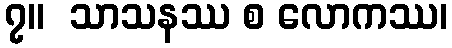
၇။  သာသနဿ စ လောကဿ၊